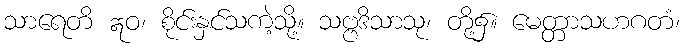
သာရေတိ ဣဝ၊ စိုင်းနှင်သကဲ့သို့။ သဗ္ဗဒိသာသု၊ တို့၌။ မေတ္တာသဟဂတံ၊